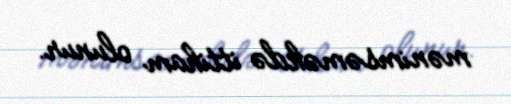
mənimsəməkdə ittiham olunur.